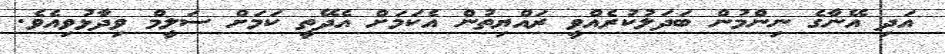
އަދި އޭނާގެ ނިންމުން ބަދަލުކުރެއްވީ ރައްޔިތުން އެކަމަށް އެދޭތީ ކަމަށް ސަލީމް ވިދާޅުވިއެވެ.